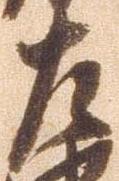
左